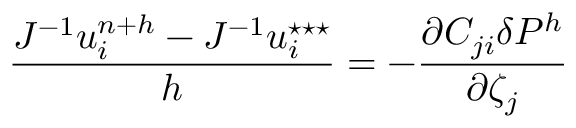
\frac { J ^ { - 1 } u _ { i } ^ { n + { h } } - J ^ { - 1 } u _ { i } ^ { \star \star \star } } { { h } } = - \frac { \partial C _ { j i } \delta P ^ { { h } } } { \partial \zeta _ { j } }